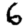
Digit: 6